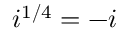
i ^ { 1 / 4 } = - i